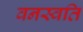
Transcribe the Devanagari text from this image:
वनस्वति